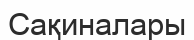
Сақиналары